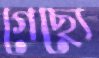
গেছ্যে